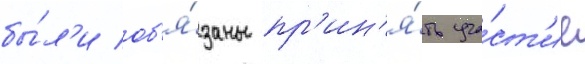
бы́л'и об'я́заны пр'ин'я́ть уча́ст'ие